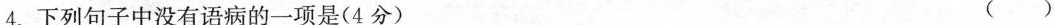
4.下列句子中没有语病的一项是(4分) ()